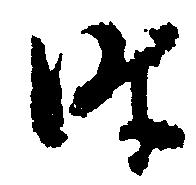
時